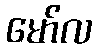
မော်လ